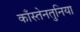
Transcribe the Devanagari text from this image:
काँस्तेनतुनिया